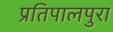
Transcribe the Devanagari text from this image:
प्रतिपालपुरा